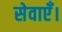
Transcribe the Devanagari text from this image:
सेवाएँ।